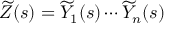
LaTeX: { \widetilde { Z } } ( s ) = { \widetilde { Y } } _ { 1 } ( s ) \cdots { \widetilde { Y } } _ { n } ( s )